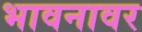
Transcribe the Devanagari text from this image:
भावनावर